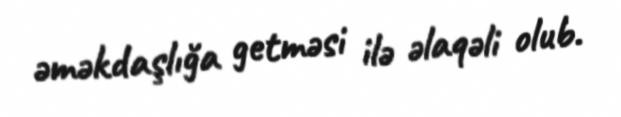
əməkdaşlığa getməsi ilə əlaqəli olub.